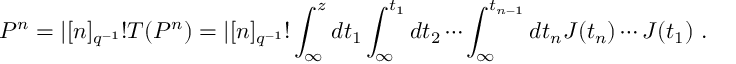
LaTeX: P ^ { n } = | [ n ] _ { q ^ { - 1 } } ! T ( P ^ { n } ) = | [ n ] _ { q ^ { - 1 } } ! \int _ { \infty } ^ { z } d t _ { 1 } \int _ { \infty } ^ { t _ { 1 } } d t _ { 2 } \cdots \int _ { \infty } ^ { t _ { n - 1 } } d t _ { n } J ( t _ { n } ) \cdots J ( t _ { 1 } ) ~ .